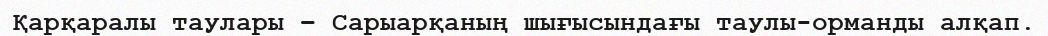
Қарқаралы таулары – Сарыарқаның шығысындағы таулы-орманды алқап.